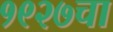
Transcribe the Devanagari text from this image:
१९२७चा